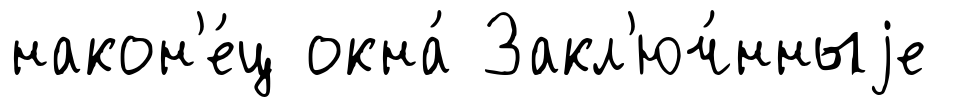
након'е́ц окна́ Закл'юч́нныjе